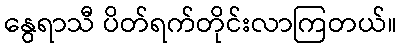
နွေရာသီ ပိတ်ရက်တိုင်းလာကြတယ်။